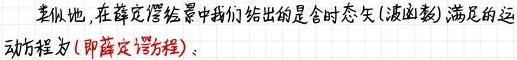
类似地, 在薛定谔绘景中我们给出的是含时态矢 (波函数), 满足的运动方程为 (即薛定谔方程):